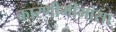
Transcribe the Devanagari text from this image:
कारणीमीमांसा